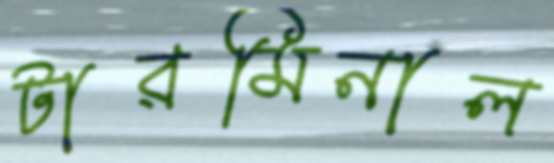
টারমিনাল